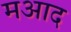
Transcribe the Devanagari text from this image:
मआद